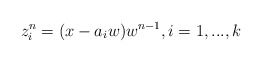
\begin{align*}z_i^n=(x-a_iw)w^{n-1}, i=1,...,k\end{align*}